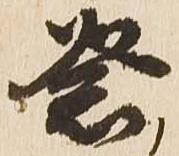
祭